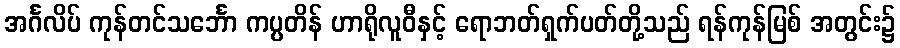
အင်္ဂလိပ် ကုန်တင်သင်္ဘော ကပ္ပတိန် ဟာရိုလူဝီနှင့် ရောဘတ်ရှက်ပတ်တို့သည် ရန်ကုန်မြစ် အတွင်း၌